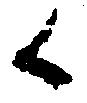
候